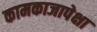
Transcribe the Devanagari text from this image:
कामकाजापेक्षा